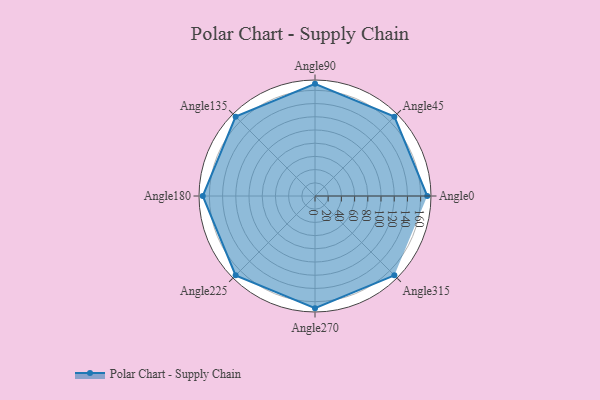
{"axis": {"x": "Angle", "y": "Radius"}, "legend": [""], "data": [{"x": "Angle0", "y": 170, "type": ""}, {"x": "Angle45", "y": 170, "type": ""}, {"x": "Angle90", "y": 170, "type": ""}, {"x": "Angle135", "y": 170, "type": ""}, {"x": "Angle180", "y": 170, "type": ""}, {"x": "Angle225", "y": 170, "type": ""}, {"x": "Angle270", "y": 170, "type": ""}, {"x": "Angle315", "y": 170, "type": ""}]}